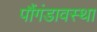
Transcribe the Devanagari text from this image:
पौंगंडावस्था